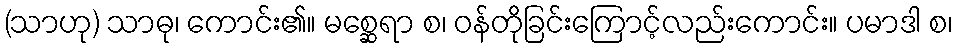
(သာဟု) သာဓု၊ ကောင်း၏။ မစ္ဆေရာ စ၊ ဝန်တိုခြင်းကြောင့်လည်းကောင်း။ ပမာဒါ စ၊